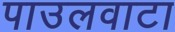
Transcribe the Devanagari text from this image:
पाउलवाटा